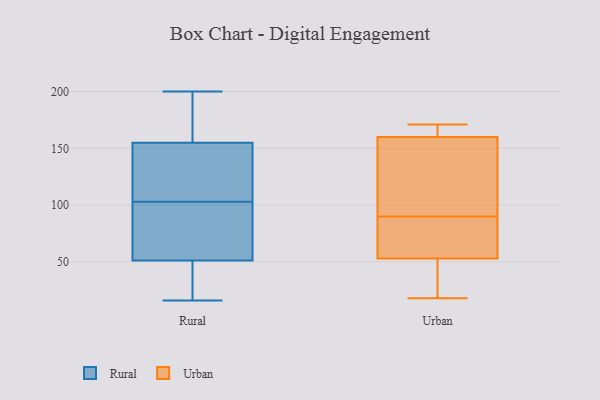
{"axis": {"x": "Humidity (%)", "y": "Value"}, "legend": ["Rural", "Urban"], "data": [{"x": "", "y": 52, "type": "Rural"}, {"x": "", "y": 45, "type": "Rural"}, {"x": "", "y": 74, "type": "Rural"}, {"x": "", "y": 196, "type": "Rural"}, {"x": "", "y": 200, "type": "Rural"}, {"x": "", "y": 16, "type": "Rural"}, {"x": "", "y": 89, "type": "Rural"}, {"x": "", "y": 146, "type": "Rural"}, {"x": "", "y": 107, "type": "Rural"}, {"x": "", "y": 77, "type": "Rural"}, {"x": "", "y": 182, "type": "Rural"}, {"x": "", "y": 51, "type": "Rural"}, {"x": "", "y": 20, "type": "Rural"}, {"x": "", "y": 158, "type": "Rural"}, {"x": "", "y": 112, "type": "Rural"}, {"x": "", "y": 35, "type": "Rural"}, {"x": "", "y": 123, "type": "Rural"}, {"x": "", "y": 176, "type": "Rural"}, {"x": "", "y": 103, "type": "Rural"}, {"x": "", "y": 18, "type": "Urban"}, {"x": "", "y": 171, "type": "Urban"}, {"x": "", "y": 155, "type": "Urban"}, {"x": "", "y": 95, "type": "Urban"}, {"x": "", "y": 160, "type": "Urban"}, {"x": "", "y": 162, "type": "Urban"}, {"x": "", "y": 85, "type": "Urban"}, {"x": "", "y": 37, "type": "Urban"}, {"x": "", "y": 53, "type": "Urban"}, {"x": "", "y": 61, "type": "Urban"}]}